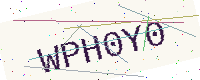
Text: WPH0Y0